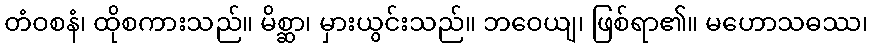
တံဝစနံ၊ ထိုစကားသည်။ မိစ္ဆာ၊ မှားယွင်းသည်။ ဘဝေယျ၊ ဖြစ်ရာ၏။ မဟောသဓဿ၊